Civil Veterinary Dept. Assam report 1911-1927 - 1911-1927
Year: 1911
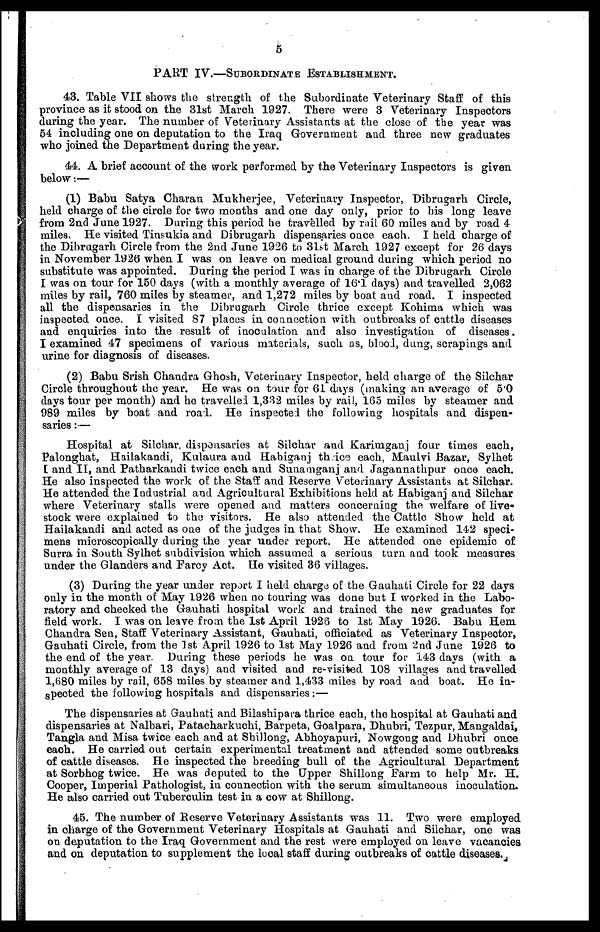
5
PART IV.—SUBORDINATE ESTABLISHMENT.
43. Table VII shows the strength of the Subordinate Veterinary Staff of this
province as it stood on the 31st March 1927. There were 3 Veterinary Inspectors
daring the year. The number of Veterinary Assistants at the close of the year was
54 including one on deputation to the Iraq Government and three new graduates
who joined the Department during the year.
44. A brief account of the work performed by the Veterinary Inspectors is given
below:—
(1) Babu Satya Charan Mukherjee, Veterinary Inspector, Dibrugarh Circle,
held charge of the circle for two months and one day only, prior to his long leave
from 2nd June 1927. During this period he travelled by rail 60 miles and by road 4
miles. He visited Tinsukia and Dibrugarh dispensaries once each. I held charge of
the Dibrugarh Circle from the 2nd June 1926 to 31st March 1927 except for 26 days
in November 1926 when I was on leave on medical ground during which period no
substitute was appointed. During the period I was in charge of the Dibrugarh Circle
I was on tour for 150 days (with a monthly average of 16.1 days) and travelled 2,062
miles by rail, 760 miles by steamer, and 1,272 miles by boat and road. I inspected
all the dispensaries in the Dibrugarh Circle thrice except Kohima which was
inspected once. I visited 87 places in connection with outbreaks of cattle diseases
and enquiries into the result of inoculation and also investigation of diseases.
I examined 47 specimens of various materials, such as, blood, dung, scrapings and
urine for diagnosis of diseases.
(2) Babu Srish Chandra Ghosh, Veterinary Inspector, held charge of the Silchar
Circle throughout the year. He was on tour for 61 days (making an average of 5.0
days tour per month) and ho travelled 1,332 miles by rail, 165 miles by steamer and
989 miles by boat and road. He inspected the following hospitals and dispen-
saries :—
Hospital at Silchar, dispensaries at Silchar and Karimganj four times each,
Palonghat, Hailakandi, Kulaura and Habiganj thrice each, Maulvi Bazar, Sylhet
I and II, and Patharkandi twice each and Sunamganj and Jagannathpur once each.
He also inspected the work of the Staff and Reserve Veterinary Assistants at Silchar.
He attended the Industrial and Agricultural Exhibitions held at Habiganj and Silchar
where Veterinary stalls were opened and matters concerning the welfare of live-
stock were explained to the visitors. He also attended the Cattle Show held at
Hailakandi and acted as one of the judges in that Show. He examined 142 speci-
mens microscopically during the year under report. He attended one epidemic of
Surra in South Sylhet subdivision which assumed a serious turn and took measures
under the Glanders and Farcy Act. He visited 36 villages.
(3) During the year under report I held charge of the Gauhati Circle for 22 days
only in the month of May 1926 when no touring was done but I worked in the Labo-
ratory and checked the Gauhati hospital work and trained the new graduates for
field work. I was on leave from the 1st April 1926 to 1st May 1926. Babu Hem
Chandra Sen, Staff Veterinary Assistant, Gauhati, officiated as Veterinary Inspector,
Gauhati Circle, from the 1st April 1926 to 1st May 1926 and from 2nd June 1926 to
the end of the year. During these periods he was on tour for 143 days (with a
monthly average of 13 days) and visited and re-visited 108 villages and travelled
1,680 miles by rail, 658 miles by steamer and 1,433 miles by road and boat. He in-
spected the following hospitals and dispensaries:—
The dispensaries at Gauhati and Bilashipara thrice each, the hospital at Gauhati and
dispensaries at Nalbari, Patacharkuchi, Barpeta, Goalpara, Dhubri, Tezpur, Mangaldai,
Tangla and Misa twice each and at Shillong, Abhoyapuri, Nowgong and Dhubri once
each. He carried out certain experimental treatment and attended some outbreaks
of cattle diseases. He inspected the breeding bull of the Agricultural Department
at Sorbhog twice. He was deputed to the Upper Shillong Farm to help Mr. H.
Cooper, Imperial Pathologist, in connection with the serum simultaneous inoculation.
He also carried out Tuberculin test in a cow at Shillong.
45. The number of Reserve Veterinary Assistants was 11. Two were employed
in charge of the Government Veterinary Hospitals at Gauhati and Silchar, one was
on deputation to the Iraq Government and the rest were employed on leave vacancies
and on deputation to supplement the local staff during outbreaks of cattle diseases.